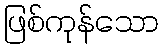
ဖြစ်ကုန်သော